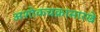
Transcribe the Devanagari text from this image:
अशोकचक्रासारखे